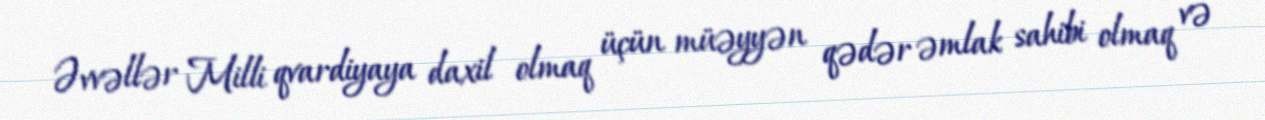
Əvvəllər Milli qvardiyaya daxil olmaq üçün müəyyən qədər əmlak sahibi olmaq və